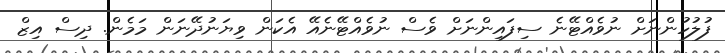
ފުލުހުންނަށް ނުވެއްޓޭނެ ސިފައިންނަށް ވެސް ނުވެއްޓޭނެއޭ އެކަން ވިޔަނުދޭނަން މަމެން. ދިސް އިޒް